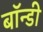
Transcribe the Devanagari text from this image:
बॉन्डी